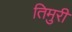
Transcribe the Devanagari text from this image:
तिमुरी